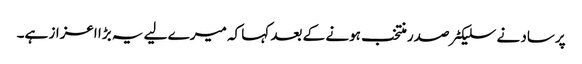
پرساد نے سلیکٹر صدر منتخب ہونے کے بعد کہا کہ میرے لیے یہ بڑا اعزاز ہے۔